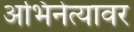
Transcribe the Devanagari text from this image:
अभिनेत्यावर